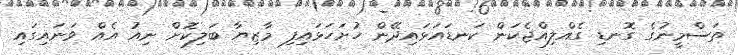
ތަސްމީނުގެ ގޮނޑި ގެއްލިއްޖެކަން ކަނޑައަޅައިދޭން ހުށަހަޅައިފި މާޒިޔާ ބަލިކޮށް ނިއު އެއް ވަނައިގައި